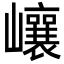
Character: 㠤